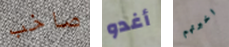
صاخب أغدو اخبرتهم